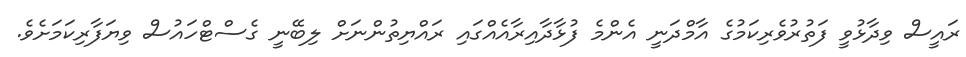
ރައީސް ވިދާޅުވީ ފަތުރުވެރިކަމުގެ އާމްދަނީ އެންމެ ފުޅާދާއިރާއެއްގައި ރައްޔިތުންނަށް ލިބޭނީ ގެސްޓްހައުސް ވިޔަފާރިކަމަށެވެ.